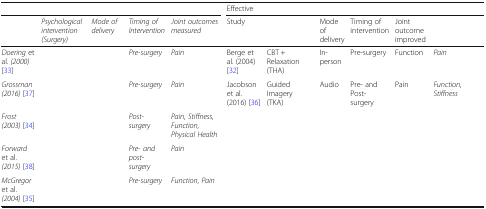
<table><thead><tr><td colspan="5">[EMPTY_CELL]</td><td colspan="6"><b>Effective</b></td></tr><tr><td>[EMPTY_CELL]</td><td><b><i>Psychological intervention (Surgery)</i></b></td><td><b><i>Mode of delivery</i></b></td><td><b><i>Timing of Intervention</i></b></td><td><b><i>Joint outcomes measured</i></b></td><td><b>Study</b></td><td>[EMPTY_CELL]</td><td><b>Mode of delivery</b></td><td><b>Timing of intervention</b></td><td><b>Joint outcome improved</b></td><td>[EMPTY_CELL]</td></tr></thead><tbody><tr><td><i>Doering</i> et al. <i>(2000)</i> [33]</td><td>[EMPTY_CELL]</td><td>[EMPTY_CELL]</td><td><i>Pre-surgery</i></td><td><i>Pain</i></td><td>Berge et al. (2004) [32]</td><td>CBT + Relaxation(THA)</td><td>In-person</td><td>Pre-surgery</td><td>Function</td><td><i>Pain</i></td></tr><tr><td><i>Grossman (2016)</i> [37]</td><td>[EMPTY_CELL]</td><td>[EMPTY_CELL]</td><td><i>Pre-surgery</i></td><td><i>Pain</i></td><td>Jacobson et al. (2016) [36]</td><td>Guided Imagery(TKA)</td><td>Audio</td><td>Pre- and Post-surgery</td><td>Pain</td><td><i>Function, Stiffness</i></td></tr><tr><td><i>Frost (2003)</i> [34]</td><td>[EMPTY_CELL]</td><td>[EMPTY_CELL]</td><td><i>Post-surgery</i></td><td><i>Pain, Stiffness, Function, Physical Health</i></td><td>[EMPTY_CELL]</td><td>[EMPTY_CELL]</td><td>[EMPTY_CELL]</td><td>[EMPTY_CELL]</td><td>[EMPTY_CELL]</td><td>[EMPTY_CELL]</td></tr><tr><td><i>Forward</i> et al. <i>(2015)</i> [38]</td><td>[EMPTY_CELL]</td><td>[EMPTY_CELL]</td><td><i>Pre- and post-surgery</i></td><td><i>Pain</i></td><td>[EMPTY_CELL]</td><td>[EMPTY_CELL]</td><td>[EMPTY_CELL]</td><td>[EMPTY_CELL]</td><td>[EMPTY_CELL]</td><td>[EMPTY_CELL]</td></tr><tr><td><i>McGregor</i> et al. <i>(2004)</i> [35]</td><td>[EMPTY_CELL]</td><td>[EMPTY_CELL]</td><td><i>Pre-surgery</i></td><td><i>Function, Pain</i></td><td>[EMPTY_CELL]</td><td>[EMPTY_CELL]</td><td>[EMPTY_CELL]</td><td>[EMPTY_CELL]</td><td>[EMPTY_CELL]</td><td>[EMPTY_CELL]</td></tr></tbody></table>